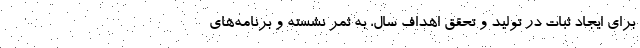
برای ایجاد ثبات در تولید و تحقق اهداف سال، به ثمر نشسته و برنامه‌های